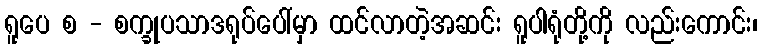
ရူပေ စ - စက္ခုပသာဒရုပ်ပေါ်မှာ ထင်လာတဲ့အဆင်း ရူပါရုံတို့ကို လည်းကောင်း၊